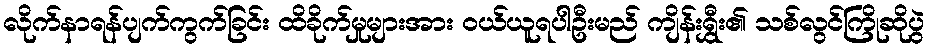
လိုက်နာရန်ပျက်ကွက်ခြင်း ထိခိုက်မှုများအား ဝယ်ယူရပါဦးမည် ကျိန်းရွှီး၏ သစ်လွင်ကြိုဆိုပွဲ